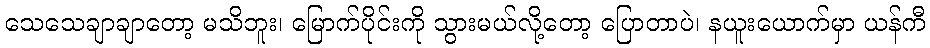
သေသေချာချာတော့ မသိဘူး၊ မြောက်ပိုင်းကို သွားမယ်လို့တော့ ပြောတာပဲ၊ နယူးယောက်မှာ ယန်ကီ